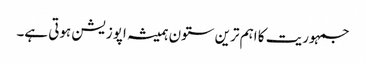
جمہوریت کا اہم ترین ستون ہمیشہ اپوزیشن ہوتی ہے۔